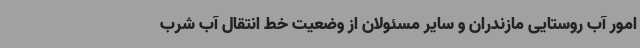
امور آب روستایی مازندران و سایر مسئولان از وضعیت خط انتقال آب شرب